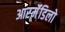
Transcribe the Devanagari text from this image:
आरर्मॅडिलो